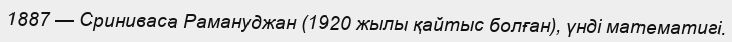
1887 — Сриниваса Рамануджан (1920 жылы қайтыс болған), үнді математигі.